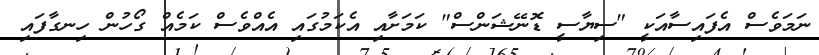
ނަމަވެސް އެފައިސާއަކީ "ސިޔާސީ ޑޮނޭޝަންސް" ކަމަށާއި އެކަމުގައި އެއްވެސް ކަމެއް ގޯހުން ހިނގާފައި